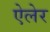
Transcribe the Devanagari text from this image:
ऐलेर